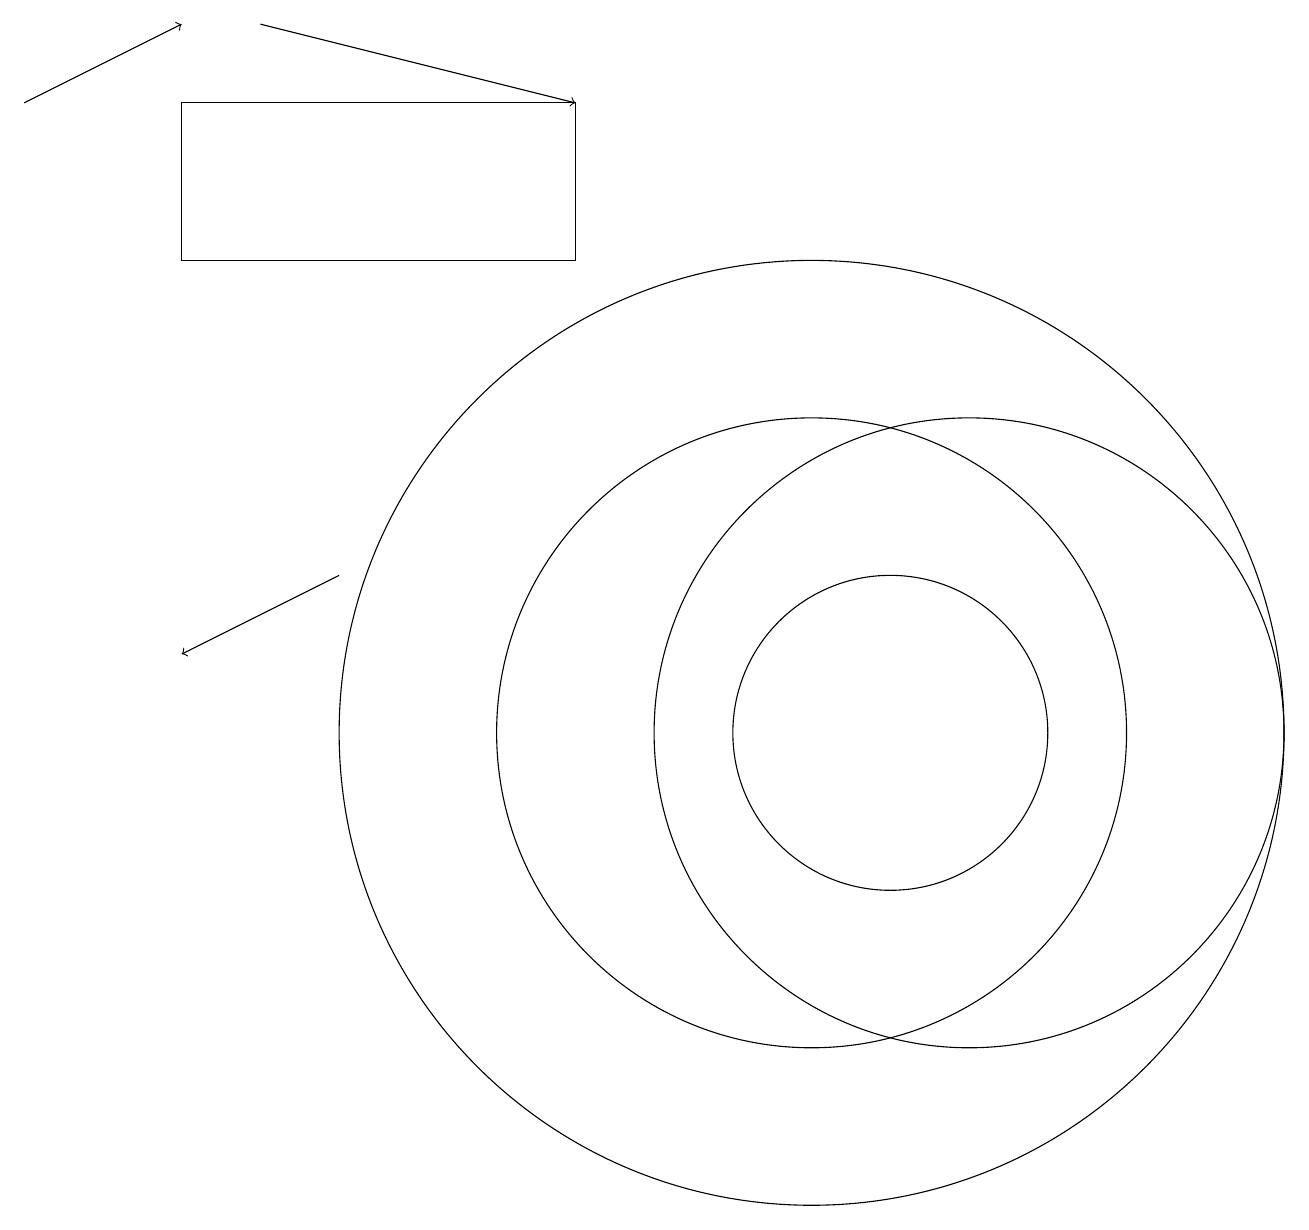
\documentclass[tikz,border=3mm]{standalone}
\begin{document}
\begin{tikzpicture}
\draw (12,10) circle (4);
\draw[->] (3,19) -- (7,18);
\draw (10,10) circle (4);
\draw[->] (0,18) -- (2,19);
\draw (10,10) circle (6);
\draw (11,10) circle (2);
\draw[->] (4,12) -- (2,11);
\draw (2,18) rectangle (7,16);
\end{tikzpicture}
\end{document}